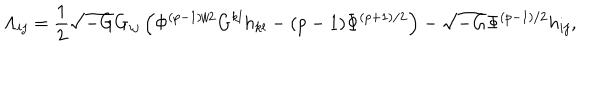
LaTeX: { \Lambda } _ { i j } = \frac { 1 } { 2 } \sqrt { - G } G _ { i j } \left( { \Phi } ^ { ( p - 1 ) / 2 } G ^ { k l } h _ { k l } - ( p - 1 ) { \Phi } ^ { ( p + 1 ) / 2 } \right) - \sqrt { - G } { \Phi } ^ { ( p - 1 ) / 2 } h _ { i j } ,